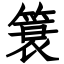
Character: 簑